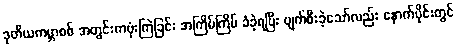
ဒုတိယကမ္ဘာစစ် အတွင်းကဗုံးကြဲခြင်း အကြိမ်ကြိမ် ခံခဲ့ရပြီး ပျက်စီးခဲ့သော်လည်း နောက်ပိုင်းတွင်